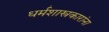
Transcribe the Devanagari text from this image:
धर्मशास्त्रकारांना